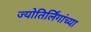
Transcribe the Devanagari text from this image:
ज्योतिर्लिंगांच्या